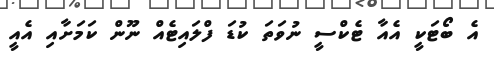
އެ ބޯޓަކީ އެއާ ޓެކްސީ ނުވަތަ ކުޑަ ފްލައިޓެއް ނޫން ކަމަށާއި އެއީ